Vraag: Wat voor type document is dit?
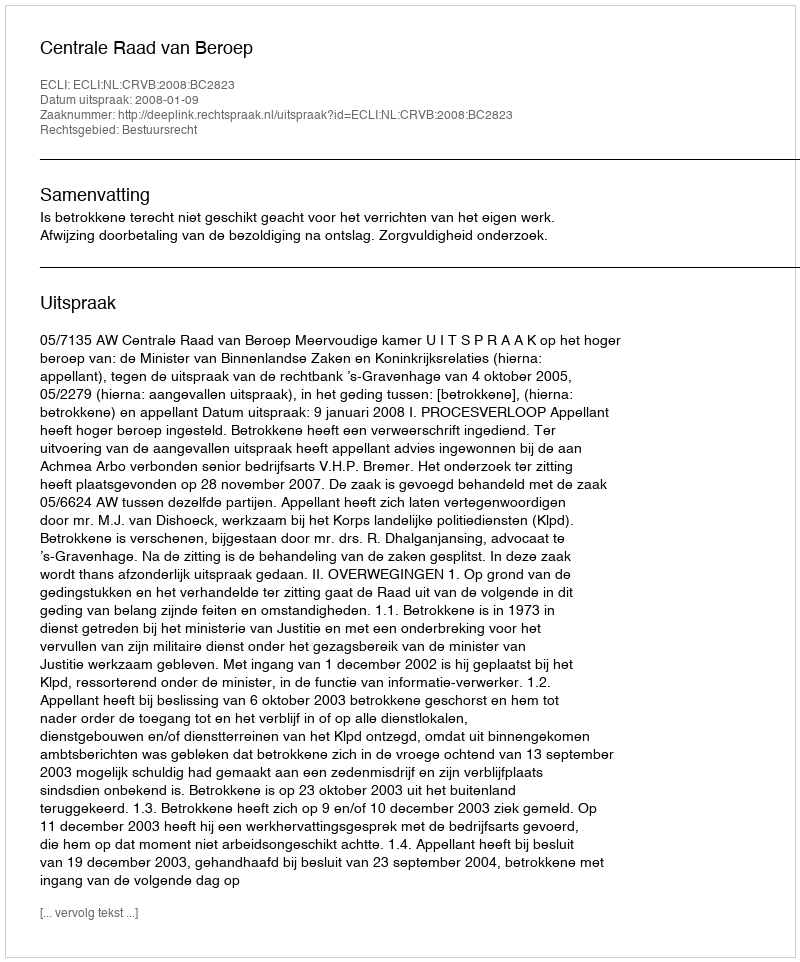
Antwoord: Uitspraak